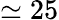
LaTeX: \simeq 25